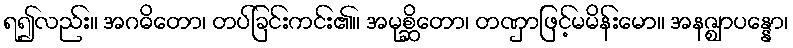
ရ၍လည်း။ အဂဓိတော၊ တပ်ခြင်းကင်း၏။ အမုစ္ဆိတော၊ တဏှာဖြင့်မမိန်းမော။ အနဇ္ဈာပန္နော၊